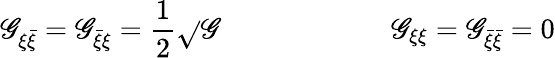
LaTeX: \mathscr{G}_{\xi\bar{{\xi}}}=\mathscr{G}_{\bar{{\xi}}\xi}={\frac{{1}}{{2}}}\sqrt{}{{\mathscr{G}}}\qquad\qquad\qquad\mathscr{G}_{\xi\xi}=\mathscr{G}_{\bar{{\xi}}\bar{{\xi}}}=0